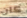
كان